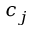
c _ { j }